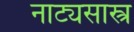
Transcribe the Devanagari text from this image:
नाट्यसास्त्र